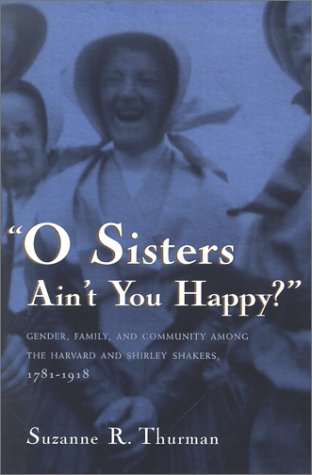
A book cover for O Sisters Ain't You Happy?: Gender, Family, and Community Among the Harvard and Shirley Shakers, 1781-1918 (Women and Gender in Religion); Suzanne Thurman; Christian Books & Bibles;